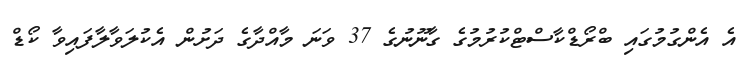
އެ އެންގުމުގައި ބްރޯޑްކާސްޓްކުރުމުގެ ގާނޫނުގެ 37 ވަނަ މާއްދާގެ ދަށުން އެކުލަވާލާފައިވާ ކޯޑް